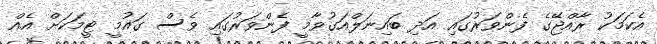
އެކަމަކު ރާއްޖޭގެ ފެންވަރުގައި އަދި ބައިނަލްއަގުވާމީ ފެންވަރުގައި ވެސް ގައުމީ ޓީމަކަށް އެއް